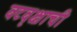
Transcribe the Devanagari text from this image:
वटवृक्षाची